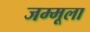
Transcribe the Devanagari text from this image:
जम्मूला